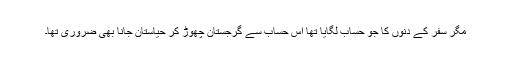
مگر سفر کے دنوں کا جو حساب لگایا تھا اس حساب سے گرجستان چھوڑ کر حیاستان جانا بھی ضروری تھا۔